Vaccination in Bombay 1863-1868 - 1863-1868
Year: 1863
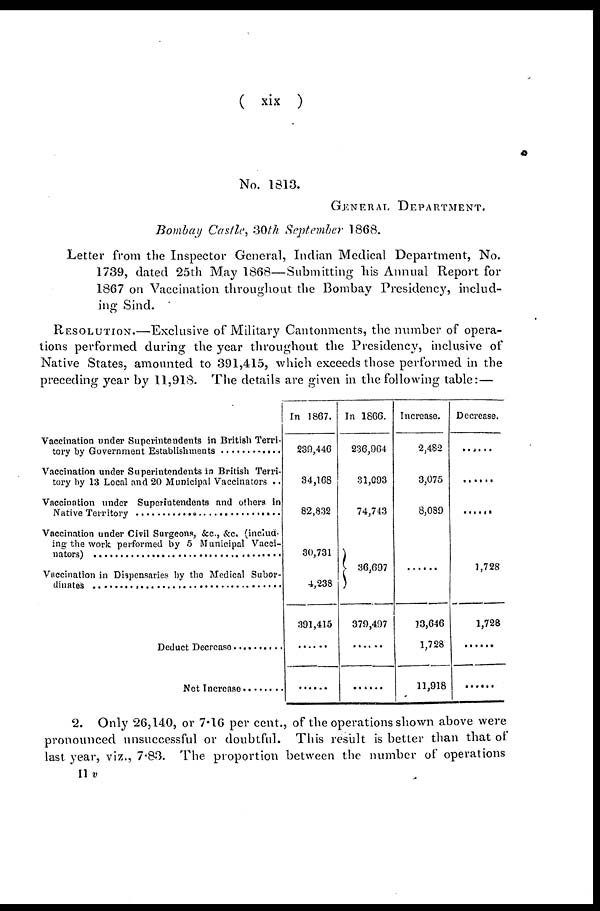
( xix )
No. 1813.
GENERAL DEPARTMENT.
Bombay Castle, 30th September 1868.
Letter from the Inspector General, Indian Medical Department, No.
1739, dated 25th May 1868—Submitting his Annual Report for
1867 on Vaccination throughout the Bombay Presidency, includ-
ing Sind.
RESOLUTION.—Exclusive of Military Cantonments, the number of opera-
tions performed during the year throughout the Presidency, inclusive of
Native States, amounted to 391,415, which exceeds those performed in the
preceding year by 11,918. The details are given in the following table:—
Vaccination under Superintendents in British Terri¬
tory by Govrenment Establishment . . . . . . . . . . . . .
Vaccination under Superintendents in British Terri-
tory by 13 Local and 20 Municipal Vaccinators . .
Vaccination under Superintendents and others in
Native Territory . . . . . . . . . . . . . . . . . . . . . . . . . . . .
Vaccination under Civil Surgeons, &c, &c. (includ-
ing the work performed by 5 Municipal Vacci¬
Vaccination in Dispensaries by the Medical Subor¬
dinates . . . . . . . . . . . . . . . . . . . . . . . . . . . . . . . . . . . .
Deduct Decrease . . . . . . . . . . . . . .
Net Increase . . . . . . . .
In 1867.
239,446
34,168
82,832
30,731
4,238
391,415
......
In 1866.
236,964
31,093
74,743
36,697
379,497
......
......
Increase.
2,482
3,075
8,089
......
13,646
1,728
11,918
Decrease.
......
......
......
1,728
1,728
......
......
2. Only 26,140, or 7.16 per cent., of the operations shown above were
pronounced unsuccessful or doubtful. This result is better than that of
last year, viz., 7.83. The proportion between the number of operations
11 v